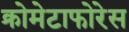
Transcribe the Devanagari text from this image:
क्रोमेटाफोरेस